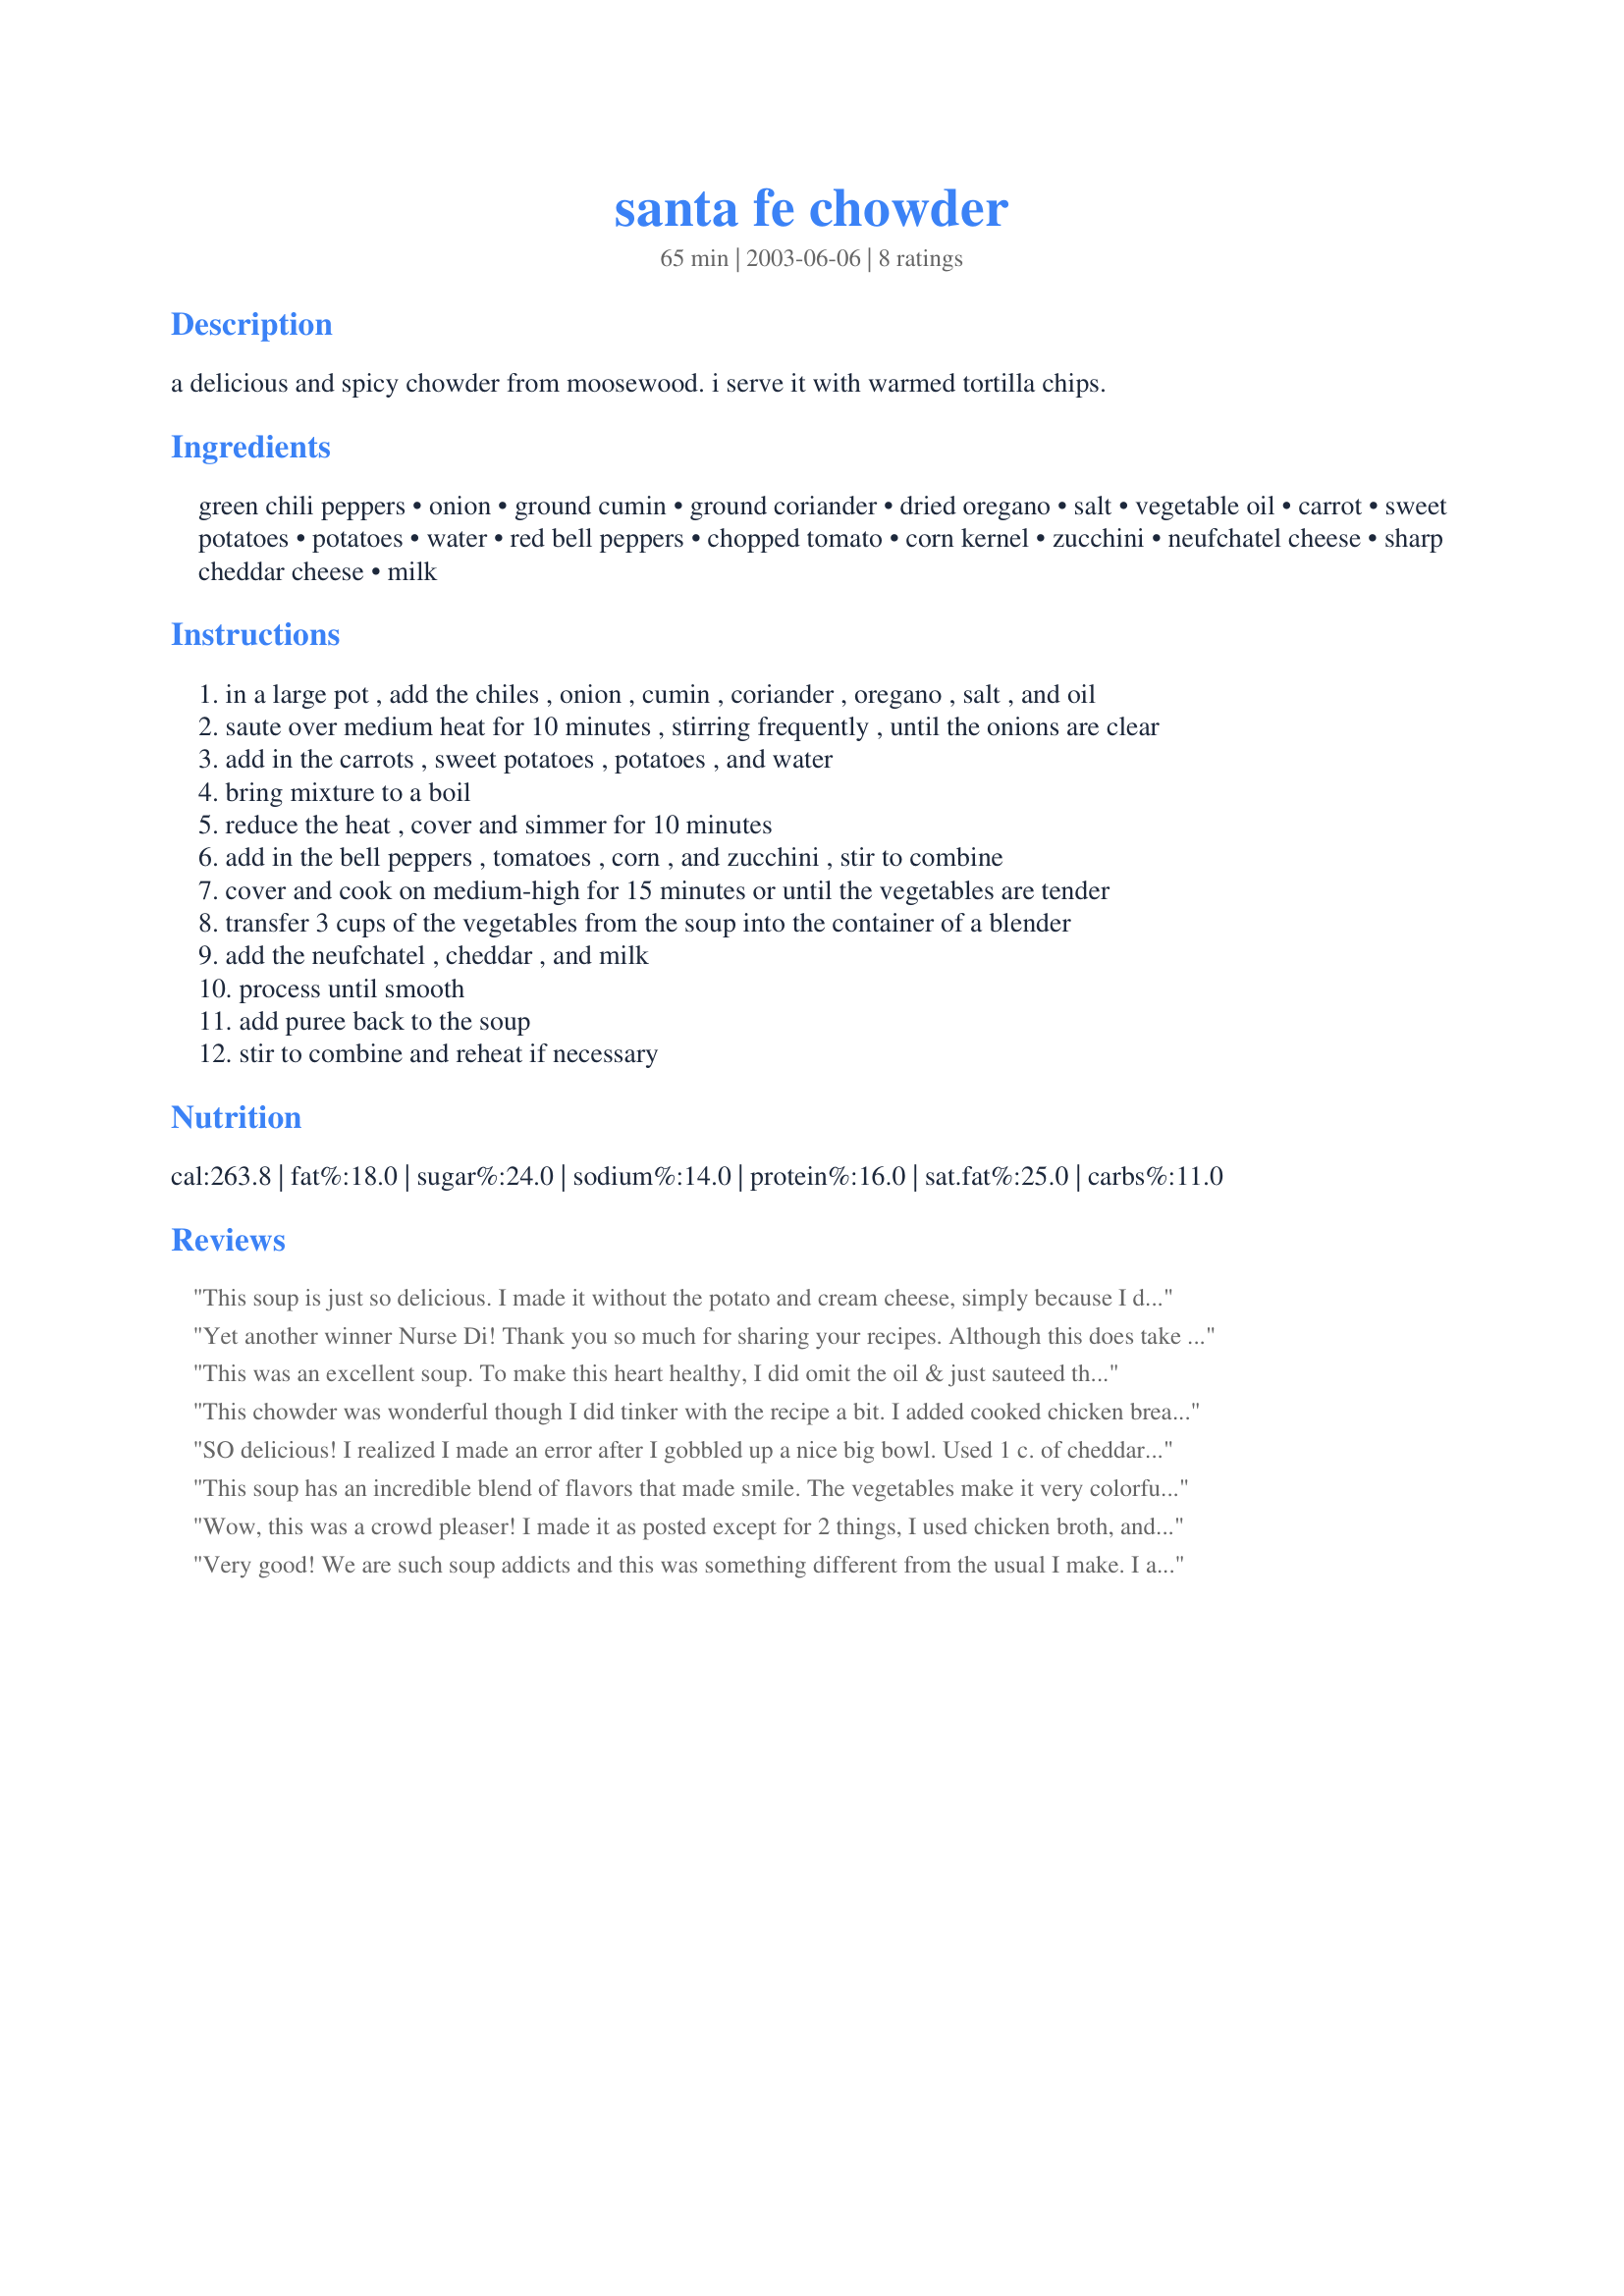
santa fe chowder
Preparation time: 65 minutes

a delicious and spicy chowder from moosewood. i serve it with warmed tortilla chips.

Ingredients:
green chili peppers, onion, ground cumin, ground coriander, dried oregano, salt, vegetable oil, carrot, sweet potatoes, potatoes, water, red bell peppers, chopped tomato, corn kernel, zucchini, neufchatel cheese, sharp cheddar cheese, milk

Steps:
in a large pot , add the chiles , onion , cumin , coriander , oregano , salt , and oil
saute over medium heat for 10 minutes , stirring frequently , until the onions are clear
add in the carrots , sweet potatoes , potatoes , and water
bring mixture to a boil
reduce the heat , cover and simmer for 10 minutes
add in the bell peppers , tomatoes , corn , and zucchini , stir to combine
cover and cook on medium-high for 15 minutes or until the vegetables are tender
transfer 3 cups of the vegetables from the soup into the container of a blender
add the neufchatel , cheddar , and milk
process until smooth
add puree back to the soup
stir to combine and reheat if necessary

Reviews:
This soup is just so delicious. I made it without the potato and cream cheese, simply because I didn't have them in the house and the result was a thick, spicy soup with great flavour. I did use fresh corn though and I'm sure that this added to the fabulous taste. I'll defintiely be making this again and again. Thanks so much Di, another winner.
Yet another winner Nurse Di! Thank you so much for sharing your recipes. Although this does take some time to prepare the end result is definately worth the trouble. As Faith said the colors are beautiful and the flavor is awesome.
This was an excellent soup. To make this heart healthy, I did omit the oil & just sauteed the onion, chili & spices with a few droplets of water. Also I used fat free cheeses and skim milk with excellent success. The cream cheese provided a smooth and creamy texture to the soup that was set off by the remaining veggie chunks. Leftover soup required the addition of a bit more milk while reheating to get the right consistancy. Thank you NurseDi for sharing the recipe.
This chowder was wonderful though I did tinker with the recipe a bit. I added cooked chicken breast and two cans of rinsed black beans to the sauteed veggie mixture. I omitted the potatoes and carrots and used 1 small can crushed tomatoes. I also substituted chicken broth for the water. I also used nonfat milk, 2% milk cheddar, and nonfat cream cheese to lower the fat and make it SBD friendly. Lastly I sliced whole wheat tortillas into strips, sprayed with cooking spray and baked them until crispy. To serve I topped the chowder with a dollop of fat free sour cream, chopped cilantro and a pile of the crispy whole wheat tortilla strips. Delicious! We will make this again and again!
SO delicious! I realized I made an error after I gobbled up a nice big bowl. Used 1 c. of cheddar, and totally forgot the milk, so it was a bit more difficult to process in the blender. Oops!
This soup has an incredible blend of flavors that made smile. The vegetables make it very colorful and healthy. I used cream cheese which made the taste and texture slightly creamy. I served this soup with crackers because I was out of tortilla chips. Tortilla chips would have made it even better. Thanks for the recipe
Wow, this was a crowd pleaser! I made it as posted except for 2 things, I used chicken broth, and a veggie cream cheese. It was fantastic and I will make it again and again! Worth the time and effort. Thanks so much Nurse Di :)
Very good! We are such soup addicts and this was something different from the usual I make. I also added chopped cooked chicken breast at the end and let it heat through. I used a Jalapeno pepper as the green chili pepper and must have gotten a mild one because it wasn't very spicy. That was the pepper's fault, not the recipe's fault! This soup is not only tasty but pretty in the bowl, too. Served it with a dusting of Cotijo cheese and chopped avocado. Will make again!
